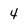
Character: 4